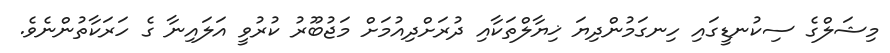
މިޝަލްގެ ސިކުނޑީގައި ހިނގަމުންދިޔަ ޚިޔާލްތަކާއި ދުރަށްދިއުމަށް މަޖުބޫރު ކުރުވީ އަލައިނާ ގެ ހަރަކާތުންނެވެ.